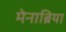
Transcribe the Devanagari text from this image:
मेनाब्रिया